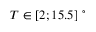
T \in [ 2 ; 1 5 . 5 ] ~ ^ { \circ }